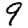
Digit: 9